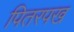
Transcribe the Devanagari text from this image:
पितरपख